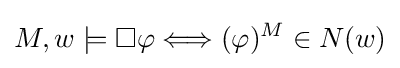
M,w\models \square \varphi \Longleftrightarrow (\varphi )^{M}\in N(w)